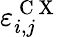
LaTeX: \varepsilon_{i,j}^{\mathrm{~C~X~}}